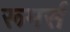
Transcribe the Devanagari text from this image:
रूमर्स